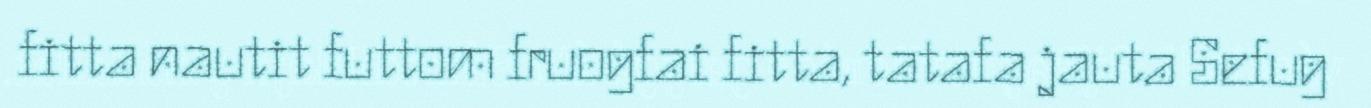
fitta nautit futtom fruogfai fitta, tatafa jauta Sefug